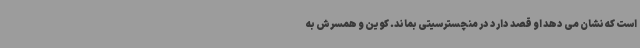
است که نشان می دهد او قصد دارد در منچسترسیتی بماند. کوین و همسرش به